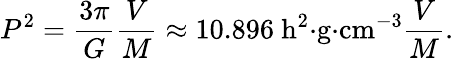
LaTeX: P^{2}={\frac{3\pi}{G}}{\frac{V}{M}}\approx 10.896\ \mathrm{h^{2}{\cdot}g{\cdot}cm^{-3}}{\frac{V}{M}}.